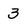
Character: 3